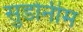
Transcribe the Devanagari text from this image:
सुडोनीम